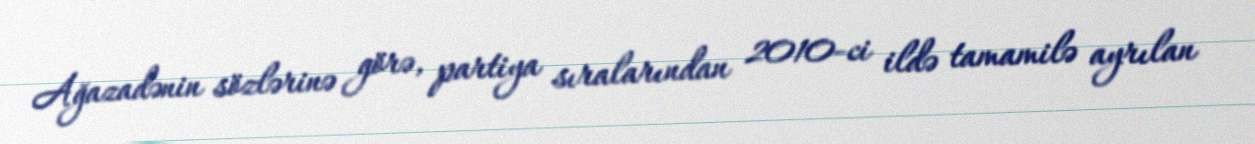
Ağazadənin sözlərinə görə, partiya sıralarından 2010-ci ildə tamamilə ayrılan